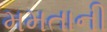
મમતાની